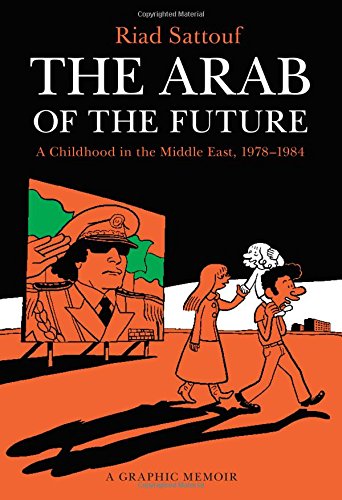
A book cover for The Arab of the Future: A Graphic Memoir; Riad Sattouf; Comics & Graphic Novels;